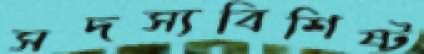
সদস্যবিশিষ্ট